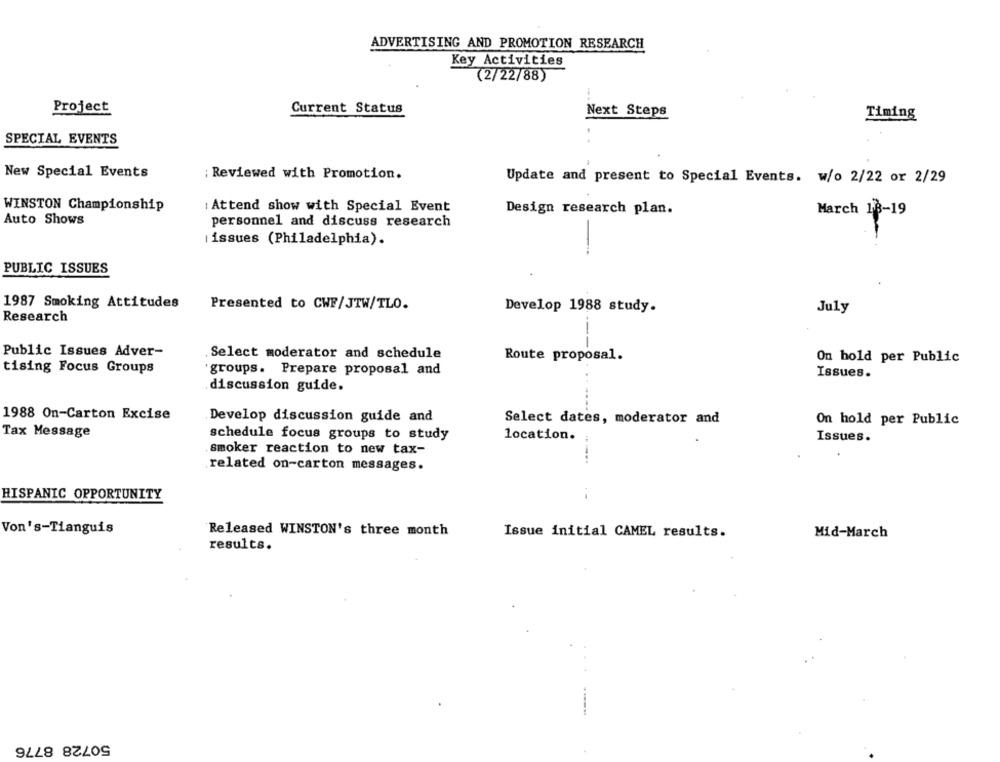
ADVERTISING AND PROMOTION RESEARCH
Key Activities
(2/22/88)
Project
Current Status
Next Steps
Timing
SPECIAL EVENTS
New Special Events
; Reviewed with Promotion.
Update and present to Special Events. w/o 2/22 or 2/29
WINSTON Championship
: Attend show with Special Event
Design research plan.
March 18-19
Auto Shows
personnel and discuss research
¡issues (Philadelphia).
--
PUBLIC ISSUES
1987 Smoking Attitudes
Presented to CWF/JTW/TLO.
Develop 1988 study.
July
Research
----
Public Issues Adver-
Select moderator and schedule
Route proposal.
On hold per Public
tising Focus Groups
groups. Prepare proposal and
Issues.
discussion guide.
1988 On-Carton Excise
Develop discussion guide and
Select dates, moderator and
On hold per Public
Tax Message
schedule focus groups to study
location.
Issues.
smoker reaction to new tax-
related on-carton messages.
HISPANIC OPPORTUNITY
i
Von's-Tianguis
Released WINSTON's three month
Issue initial CAMEL results.
Mid-March
results.
50728 8776